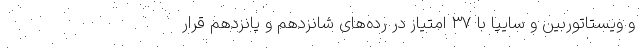
و ویستاتوربین و سایپا با ۳۷ امتیاز در رده‌های شانزدهم و پانزدهم قرار